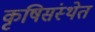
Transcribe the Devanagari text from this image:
कृषिसंस्थेत